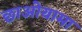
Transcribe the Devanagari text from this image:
छाओयामा